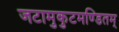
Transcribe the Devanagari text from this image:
जटामुकुटमण्डितम्‌